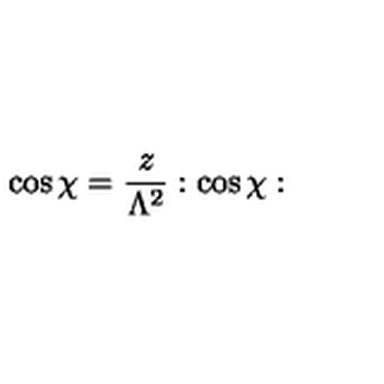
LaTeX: \cos \chi = \frac { z } { \Lambda ^ { 2 } } : \cos \chi :